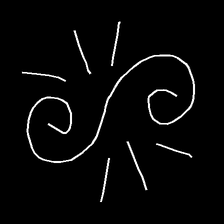
Glyph: wind-directs-air